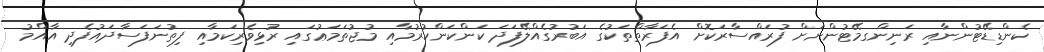
ކެންޑިޑޭޓުންނާއި ރަނިންގމޭޓުންނަށް ފުރައްސާރަކޮށް އެފަރާތްތަކުގެ އަބުރުގެއްލޭފަދަ ކަންކަންކުރުމާއި މުޖުތަމަޢުގައި ރުޅިވެރިކަމާއި ފިތުނަފަސާދައުފެދި އާއްމު